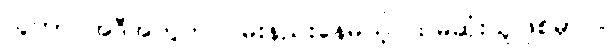
သူဟာ အဲဒီအတွက် ဝမ်းနည်းနေမယ့်ပထမဆုံးသူဖြစ်မှာပါ။